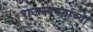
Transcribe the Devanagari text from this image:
राजन्यवर्गाच्या